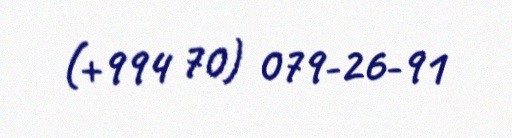
(+994 70) 079-26-91